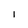
Character: I